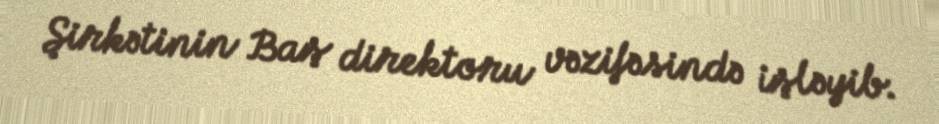
Şirkətinin Baş direktoru vəzifəsində işləyib.